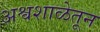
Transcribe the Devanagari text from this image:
अश्वशाळेतून